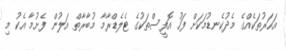
އަހަރުތަކެއްގެ މެދުކެނޑުމަކަށް ފަހު އޮފީސްތަކުގެ ޓެލެޑްރާމާ މުބާރާތް އަލުން ފެށުމާ އެކު މި